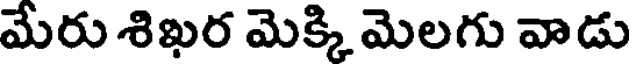
మేరు శిఖర మెక్కి మెలగు వాడు